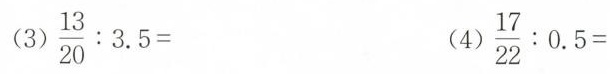
$$\frac { 13 } { 20 } : 3.5 =$$ $$\frac { 17 } { 22 } : 0 .5 = $$